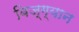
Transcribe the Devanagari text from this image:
बिज्ग्यान